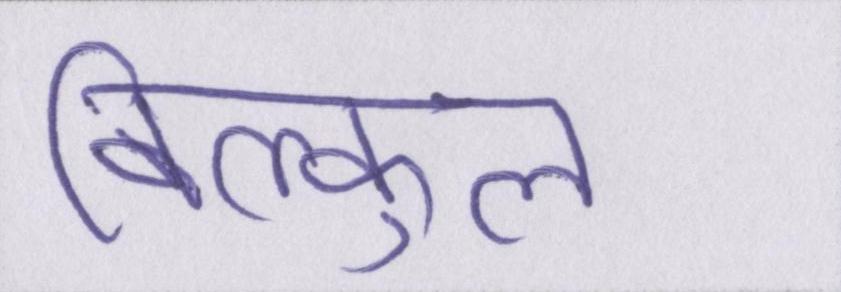
बिल्कुल